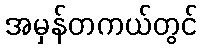
အမှန်တကယ်တွင်